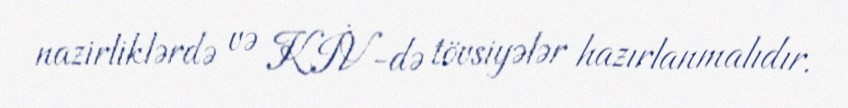
nazirliklərdə və KİV-də tövsiyələr hazırlanmalıdır.